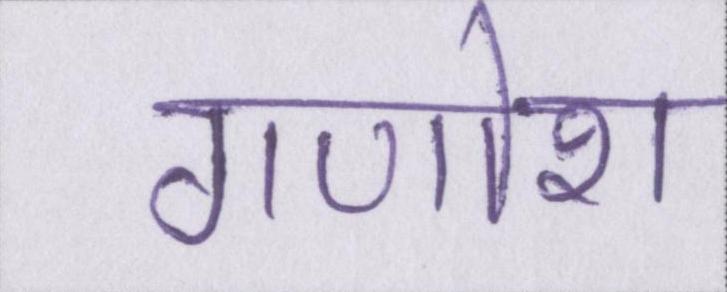
गणोश